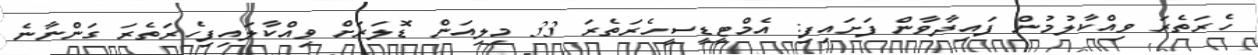
ހެރަތެރަ ވިއްކާލުމުން ފައިދާވާން ފަށައިފި: އެމްޓީޑީސީހެރަތެރަ 33 މިލިއަން ޑޮލަރަށް ވިއްކާލައިފިހެރަތެރަ ގަންނާނެ